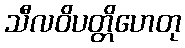
သီလဝိပတ္တိဟေတု